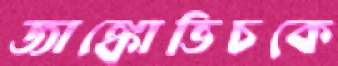
জাঙ্কোভিচকে